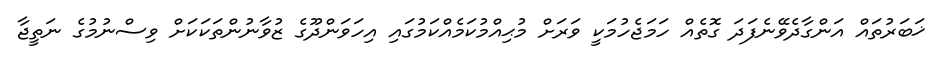
ޚަބަރުތައް އަންގާދެވޭނެފަދަ ގޮތެއް ހަމަޖެހުމަކީ ވަރަށް މުޙިއްމުކަމެއްކަމުގައި އިހަވަންދޫގެ ޒުވާނުންތަކަކަށް ވިސްނުމުގެ ނަތީޖާ